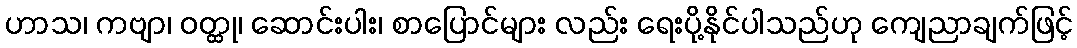
ဟာသ၊ ကဗျာ၊ ဝတ္ထု၊ ဆောင်းပါး၊ စာပြောင်များ လည်း ရေးပို့နိုင်ပါသည်ဟု ကျေညာချက်ဖြင့်